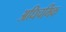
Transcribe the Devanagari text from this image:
अधिचर्मिक